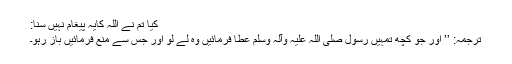
کیا تم نے اللہ کایہ پیغام نہیں سنا:
ترجمہ: ’’ اور جو کچھ تمہیں رسول صلی اللہ علیہ وآلہٖ وسلم عطا فرمائیں وہ لے لو اور جس سے منع فرمائیں باز رہو۔